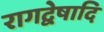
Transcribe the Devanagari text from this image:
रागद्वेषादि